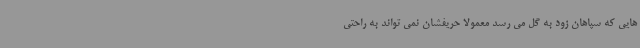
هایی که سپاهان زود به گل می رسد معمولا حریفشان نمی تواند به راحتی